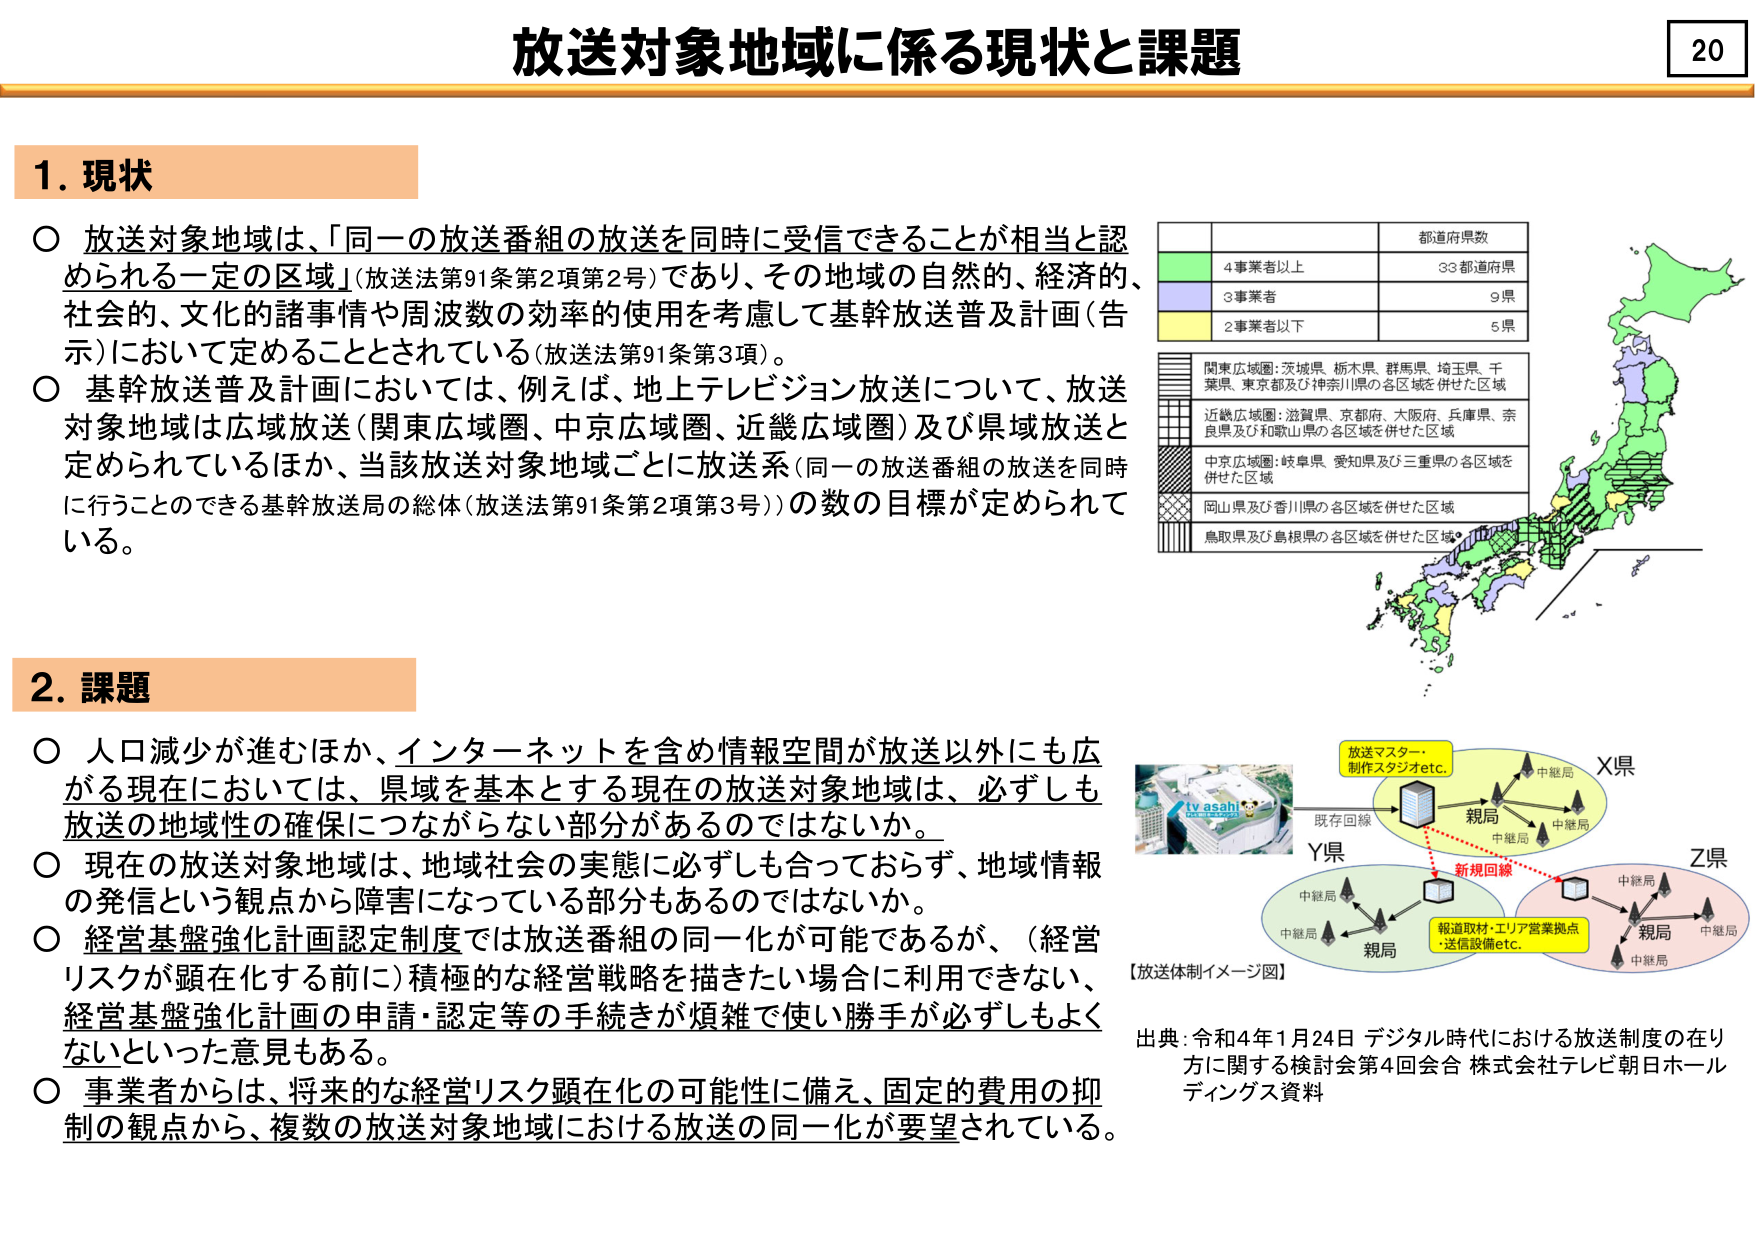
放送対象地域に係る現状と課題

1. 現状

○ 放送対象地域は、「同一の放送番組の放送を同時に受信できることが相当と認められる一定の区域」（放送法第91条第2項第2号）であり、その地域の自然的、経済的、社会的、文化的諸事情や周波数の効率的使用を考慮して基幹放送普及計画（告示）において定めることとされている（放送法第91条第3項）。

○ 基幹放送普及計画においては、例えば、地上テレビジョン放送について、放送対象地域は広域放送（関東広域圏、中京広域圏、近畿広域圏）及び県域放送と定められているほか、当該放送対象地域ごとに放送系（同一の放送番組の放送を同時に行うことのできる基幹放送局の総体（放送法第91条第2項第3号））の数の目標が定められている。

2. 課題

○ 人口減少が進むほか、インターネットを含め情報空間が放送以外にも広がる現在においては、県域を基本とする現在の放送対象地域は、必ずしも放送の地域性の確保につながらない部分があるのではないか。

○ 現在の放送対象地域は、地域社会の実態に必ずしも合っておらず、地域情報の発信という観点から障害になっている部分もあるのではないか。

○ 経営基盤強化計画認定制度では放送番組の同一化が可能であるが、（経営リスクが顕在化する前に）積極的な経営戦略を描きたい場合に利用できない、経営基盤強化計画の申請・認定等の手続きが煩雑で使い勝手が必ずしもよくないといった意見もある。

○ 事業者からは、将来的な経営リスク顕在化の可能性に備え、固定的費用の抑制の観点から、複数の放送対象地域における放送の同一化が要望されている。

都道府県数
4事業者以上　　33都道府県
3事業者　　　　9県
2事業者以下　　5県

関東広域圏：茨城県、栃木県、群馬県、埼玉県、千葉県、東京都及び神奈川県の各区域を併せた区域
近畿広域圏：滋賀県、京都府、大阪府、兵庫県、奈良県及び和歌山県の各区域を併せた区域
中京広域圏：岐阜県、愛知県及び三重県の各区域を併せた区域
岡山県及び香川県の各区域を併せた区域
鳥取県及び島根県の各区域を併せた区域

【放送体制イメージ図】
放送マスター・
制作スタジオetc.
既存回線
新規回線
報道取材・エリア営業拠点
・送信設備etc.
親局
中継局
X県
Y県
Z県
親局
中継局
親局
中継局

出典：令和4年1月24日 デジタル時代における放送制度の在り方に関する検討会第4回会合 株式会社テレビ朝日ホールディングス資料

20